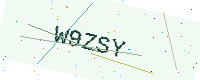
Text: W9ZSY